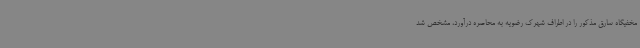
مخفیگاه سارق مذکور را در اطراف شهرک رضویه به محاصره درآورد، مشخص شد